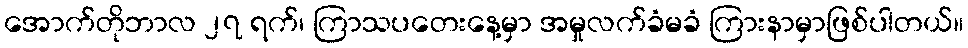
အောက်တိုဘာလ ၂၇ ရက်၊ ကြာသပတေးနေ့မှာ အမှုလက်ခံမခံ ကြားနာမှာဖြစ်ပါတယ်။